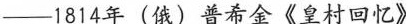
——1814年(俄)普希金《皇村回忆》